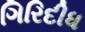
ગિરિદીધ